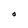
Character: O